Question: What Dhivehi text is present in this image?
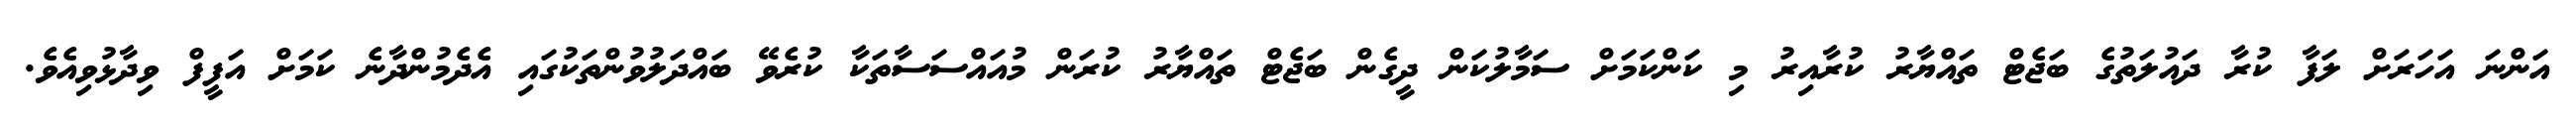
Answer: އަންނަ އަހަރަށް ލަފާ ކުރާ ދައުލަތުގެ ބަޖެޓް ތައްޔާރު ކުރާއިރު މި ކަންކަމަށް ސަމާލުކަން ދީގެން ބަޖެޓް ތައްޔާރު ކުރަން މުއައްސަސާތަކާ ކުރެވޭ ބައްދަލުވުންތަކުގައި އެދެމުންދާނެ ކަމަށް އަފީފް ވިދާޅުވިއެވެ.